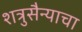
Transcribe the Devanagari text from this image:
शत्रुसैन्याचा